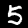
Label: 5